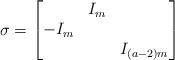
LaTeX: \begin{align*}\sigma = \begin{bmatrix} & I_m & \\ -I_m & \\& & I_{(a-2)m} \end{bmatrix}\end{align*}